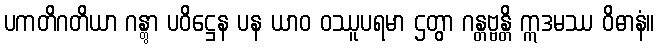
ပကတိဂတိယာ ဂန္တွာ ပဝိဋ္ဌေန ပန ယာဝ ဝဿူပရမာ ဌတွာ ဂန္တဗ္ဗန္တိ ဣဒမဿ ဝိဓာနံ။